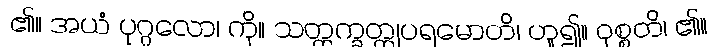
၏။ အယံ ပုဂ္ဂလော၊ ကို။ သတ္တက္ခတ္တုပရမောတိ၊ ဟူ၍။ ဝုစ္စတိ၊ ၏။